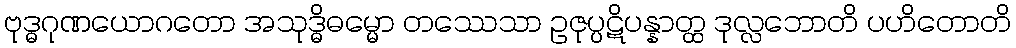
ဗုဒ္ဓဂုဏယောဂတော အသုဒ္ဓိဓမ္မော တဿေသာ ဥဇုပ္ပဋိပန္နာတ္ထ ဒုလ္လဘောတိ ပဟိတောတိ